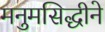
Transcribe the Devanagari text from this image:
मनुमसिद्धीने